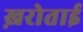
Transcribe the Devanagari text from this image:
ख़रोताई